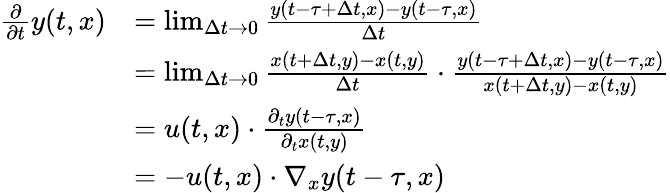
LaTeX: \begin{array}{rl}{\frac{\partial}{\partial t}y(t,x)}&{=\operatorname*{lim}_{\Delta t\rightarrow 0}\frac{y(t-\tau+\Delta t,x)-y(t-\tau,x)}{\Delta t}}\\ &{=\operatorname*{lim}_{\Delta t\rightarrow 0}\frac{x(t+\Delta t,y)-x(t,y)}{\Delta t}\cdot\frac{y(t-\tau+\Delta t,x)-y(t-\tau,x)}{x(t+\Delta t,y)-x(t,y)}}\\ &{=u(t,x)\cdot\frac{\partial_{t}y(t-\tau,x)}{\partial_{t}x(t,y)}}\\ &{=-u(t,x)\cdot\nabla_{x}y(t-\tau,x)}\end{array}